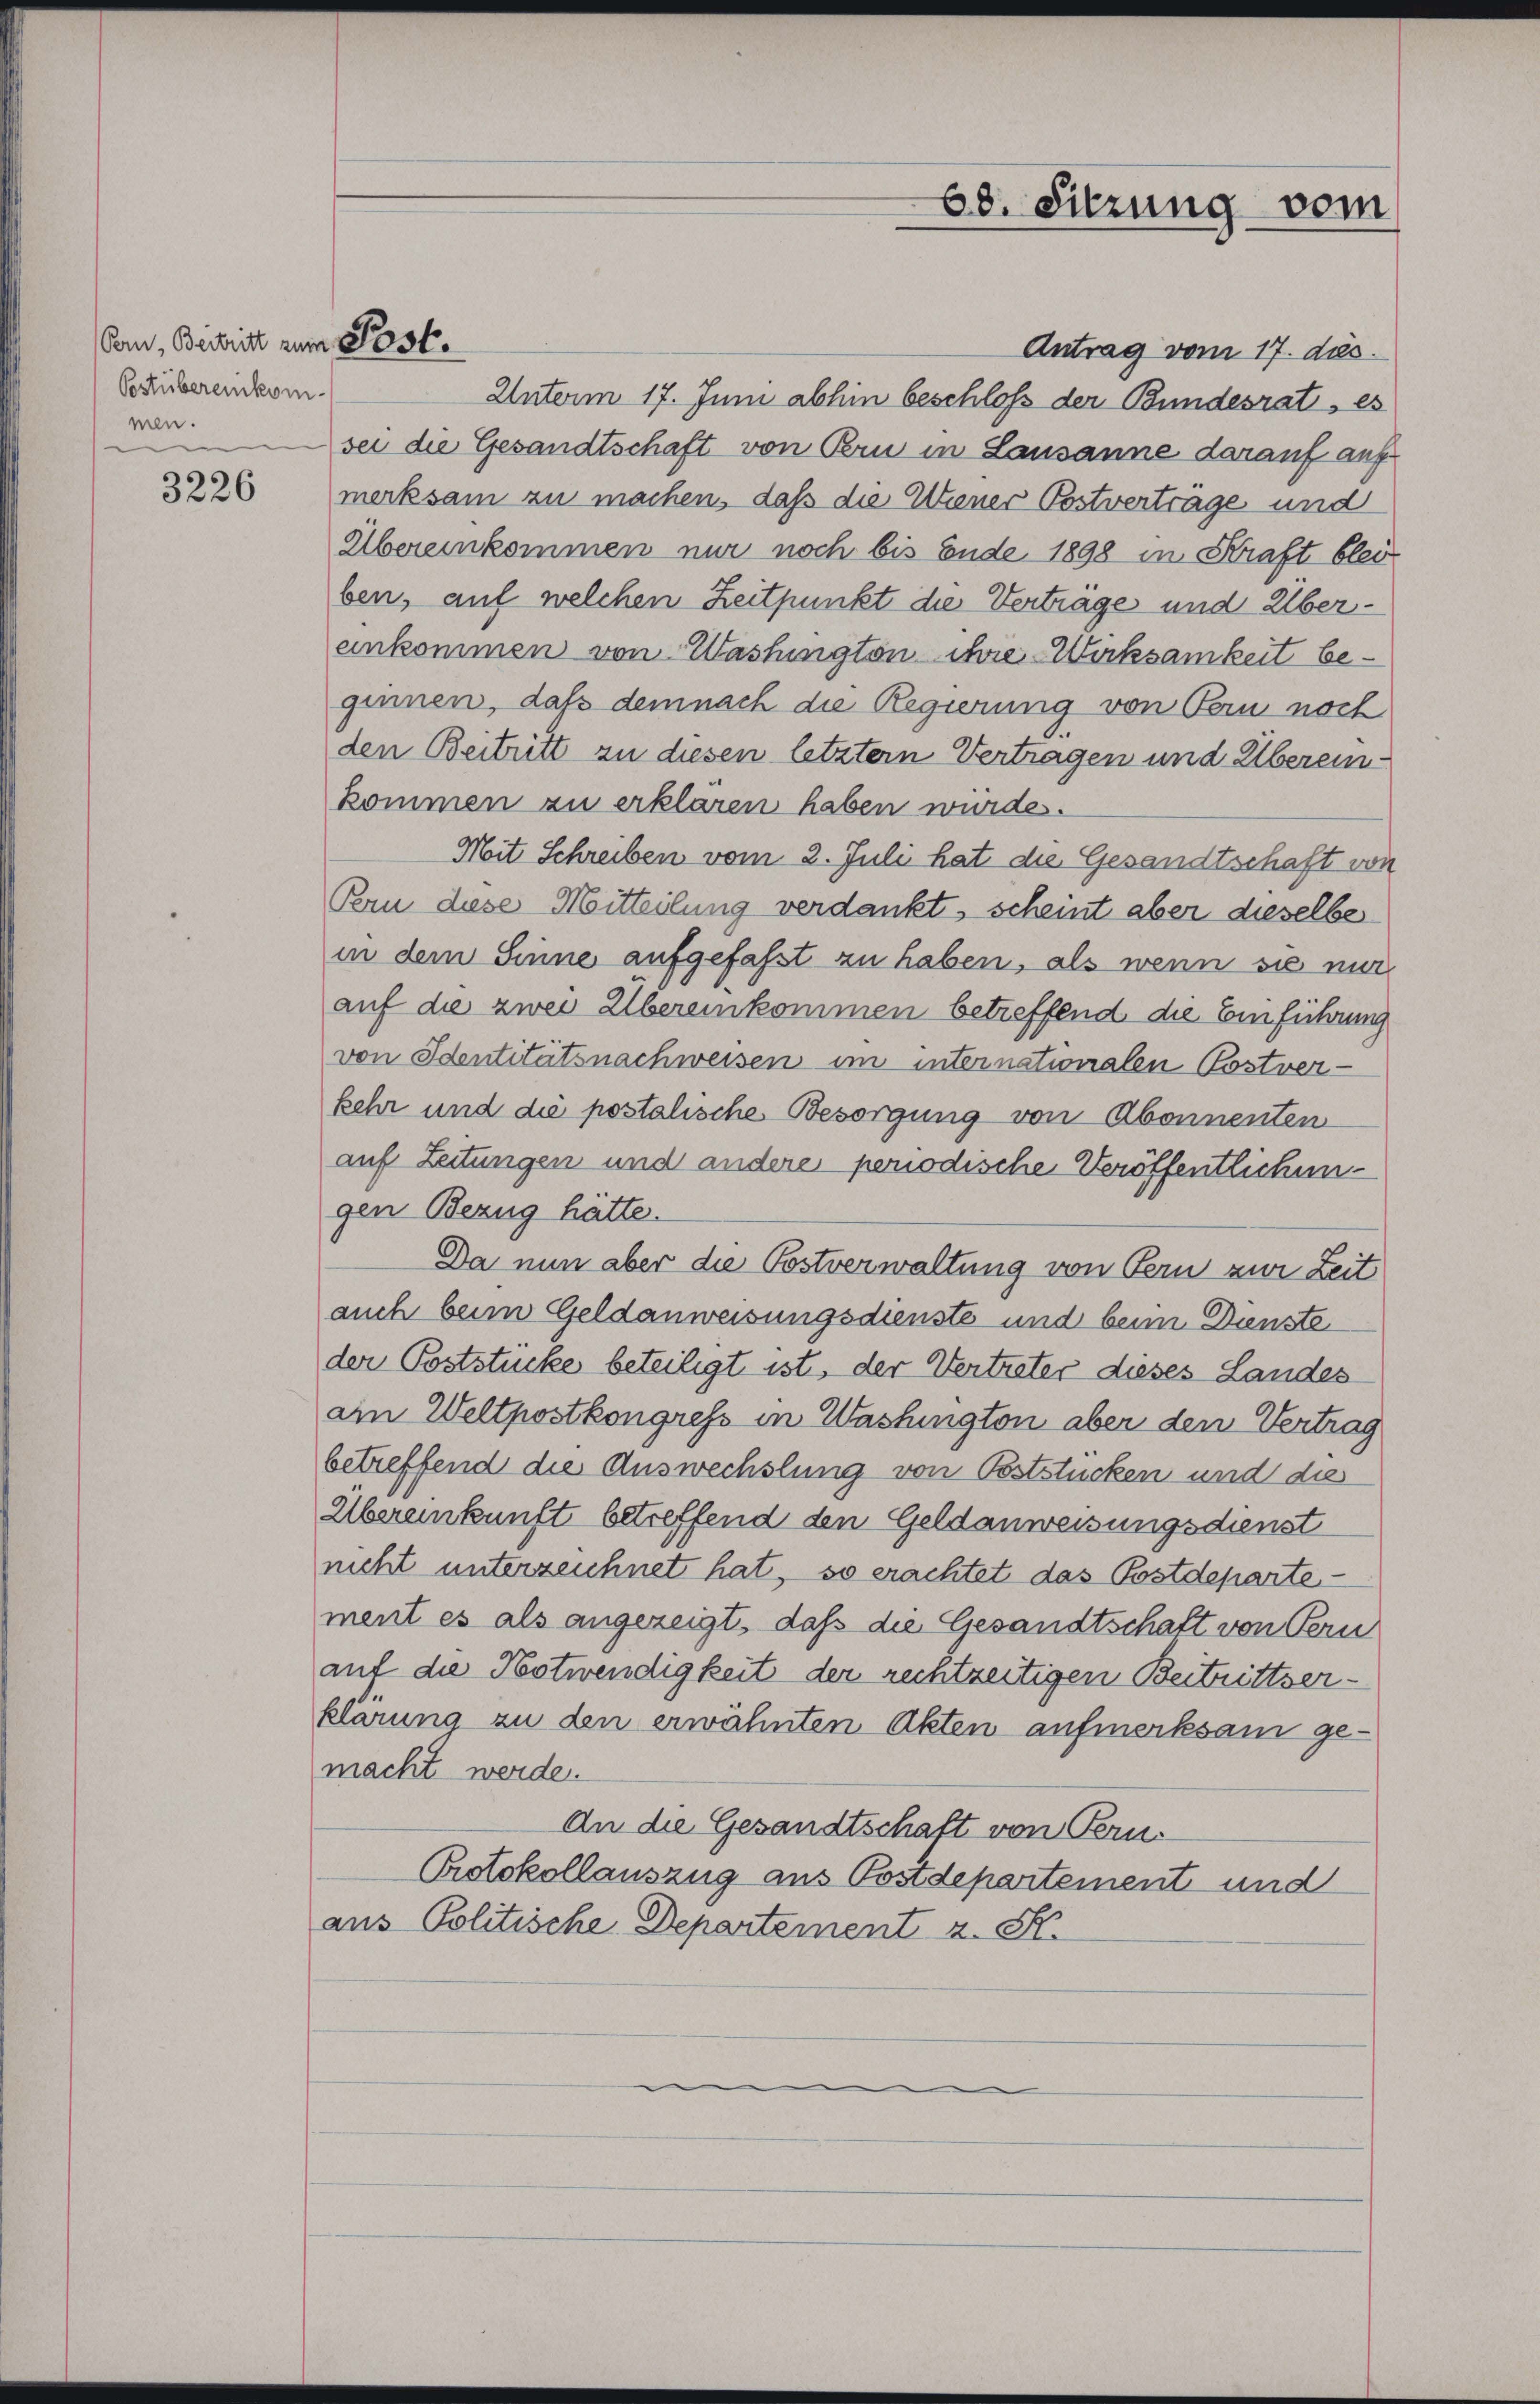
Son, Beitritt zum Post¬
Pstübereinkommen.

3226

Antrag vom 17. des
Unterm 17. Juni abhin beschloß der Bundesrat, es
sei die Gesandtschaft von Pru in Lausanne darauf auf
merksam zu machen, daß die Wiener Postverträge und
Übereinkommen nur noch bis Ende 1898 in Kraft blei
ben, auf welchen Zeitpunkt die Verträge und Überankommen von Washington ihre Werksamkeit beginnen, daß demnach die Regierung von Bern noch
den Beitritt zu diesen letzter Vertragen und Übereinkommen zu erklären haben wurde.
Moit Schreiben vom 2. Juli hat die Gesandtschaft von
Pern diese Mitteilung verdankt, scheint aber dieselbe
in dem Sinne aufgefaßt zu haben, als wenn sie nur
auf die zwei Übereinkommen betreffend die Einführung
von Identitätsnachweisen im internationalen Postver-
kehr und die postalische Besorgung von Abonnenten
auf Zeitungen und andere periodische Veröffentlichengen Bezug hätte.
Da nun aber die Postverwaltung von Bern zur Zeit
auch beim Geldanweisungsdienste und beim Dunste
der Poststücke beteiligt ist, der Vertreter dieses Landes
an Weltpostkongress in Washington aber den Vertrag
betreffend die Auswechslung von Poststücken und die
Übereinkunft betreffend den Geldanweisungsdienst
nicht unterzeichnet hat, so erachtet das Postdepartement es als angezeigt, daß die Gesandtschaft von Fern
auf die Hotwendigkeit der rechtzeitigen Beitrittserklärung zu den erwähnten Akten aufmerksam gemacht werde.
An die Gesandtschaft von Fern.
Protokollauszug aus Postdepartement und
aus Politische Departement z. St.

68. Sitzung vom